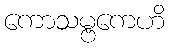
ကောသမ္ဗကေဟိ